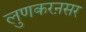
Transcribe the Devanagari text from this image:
लुणकरऩसर